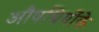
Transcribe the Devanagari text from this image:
औषधियोंके